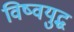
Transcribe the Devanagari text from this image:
विष्वयुद्ध